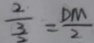
\frac { 2 } { \frac { 3 } { 2 } } = \frac { D M } { 2 }